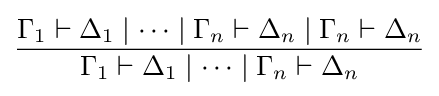
{\frac {\Gamma _{1}\vdash \Delta _{1}\mid \dots \mid \Gamma _{n}\vdash \Delta _{n}\mid \Gamma _{n}\vdash \Delta _{n}}{\Gamma _{1}\vdash \Delta _{1}\mid \dots \mid \Gamma _{n}\vdash \Delta _{n}}}